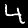
Label: 4